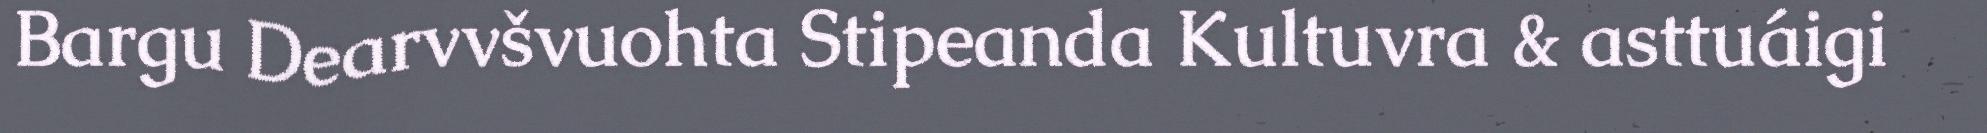
Bargu Dearvvšvuohta Stipeanda Kultuvra & asttuáigi